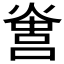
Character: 𤌻